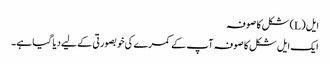
ایل (L) شکل کا صوفہ
ایک ایل شکل کا صوفہ آپ کے کمرے کی خوبصورتی کے لیے دیا گیا ہے۔